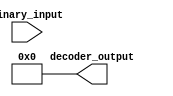
module binary_decoder (
  input [3:0] binary_input,
  output [7:0] decoder_output
);

assign decoder_output = 8'b0;

always @* begin
  case (binary_input)
    4'd0: decoder_output = 8'b00000001; // Output line 0
    4'd1: decoder_output = 8'b00000010; // Output line 1
    4'd2: decoder_output = 8'b00000100; // Output line 2
    4'd3: decoder_output = 8'b00001000; // Output line 3
    4'd4: decoder_output = 8'b00010000; // Output line 4
    4'd5: decoder_output = 8'b00100000; // Output line 5
    4'd6: decoder_output = 8'b01000000; // Output line 6
    4'd7: decoder_output = 8'b10000000; // Output line 7
    default: decoder_output = 8'b0; // Default output
  endcase
end

endmodule